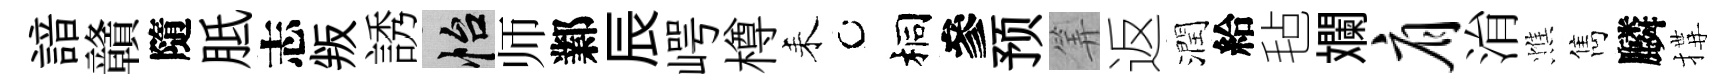
諳贛隨胝志叛誘怡师鄴辰崿樽耒桐參预筭返潤給毡斕肩㳙憔雋麟搆